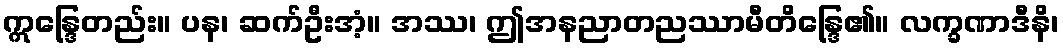
ဣန္ဒြေတည်း။ ပန၊ ဆက်ဦးအံ့။ အဿ၊ ဤအနညာတညဿာမီတိန္ဒြေ၏။ လက္ခဏာဒီနိ၊